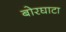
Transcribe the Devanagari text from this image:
बोरघाटा